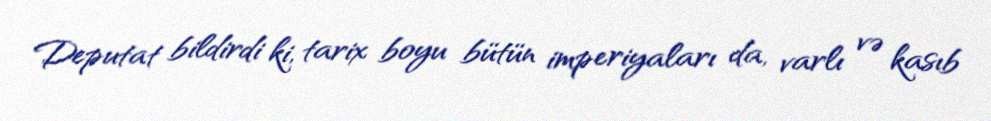
Deputat bildirdi ki, tarix boyu bütün imperiyaları da, varlı və kasıb